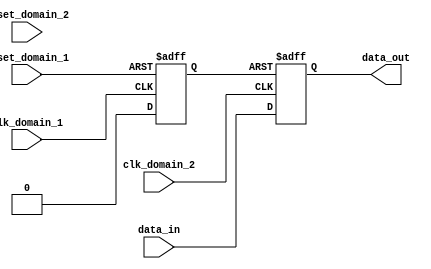
module Synchronizer(
    input wire clk_domain_1,
    input wire clk_domain_2,
    input wire reset_domain_1,
    input wire reset_domain_2,
    input wire data_in,
    output reg data_out
);

reg synchronized_reset;

always @(posedge clk_domain_1 or posedge reset_domain_1) begin
    if (reset_domain_1) begin
        synchronized_reset <= 1'b1;
    end else begin
        synchronized_reset <= 1'b0;
    end
end

always @(posedge clk_domain_2 or posedge synchronized_reset) begin
    if (synchronized_reset) begin
        data_out <= 1'b0;
    end else begin
        data_out <= data_in;
    end
end

endmodule